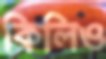
কিলিও